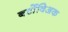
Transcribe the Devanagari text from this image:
बर्टोविअक